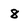
Character: 8